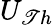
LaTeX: U_{\mathscr{T}h}